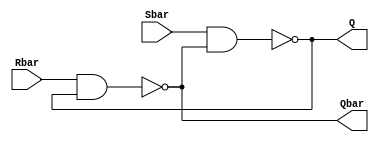
module latch(input Sbar, Rbar, output Q, Qbar);

nand g1(Q, Sbar, Qbar);
nand g2(Qbar, Rbar, Q);

endmodule

module main;
reg Sbar, Rbar;
wire Q, Qbar;

latch DUT(Sbar, Rbar, Q, Qbar);

initial
begin
  Sbar = 0;
  Rbar = 0;
end

always #50 begin
  Sbar = Sbar+1;
  $monitor("%4dns monitor: Sbar=%d Rbar=%d Q=%d Qbar=%d", 
           $stime, Sbar, Rbar, Q, Qbar);
end

always #100 begin
  Rbar = Rbar + 1;
end

initial #1000 $finish;

endmodule